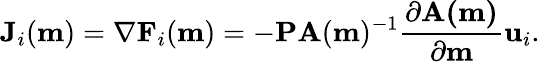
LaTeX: \mathbf{J}_{i}(\mathbf{m})=\nabla\mathbf{F}_{i}(\mathbf{m})=-\mathbf{PA}(\mathbf{m})^{-1}\frac{\partial\mathbf{A(m)}}{\partial\mathbf{m}}\mathbf{u}_{i}.